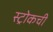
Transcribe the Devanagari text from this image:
स्ट्रोकची